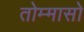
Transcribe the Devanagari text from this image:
तोम्मासो